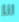
انا